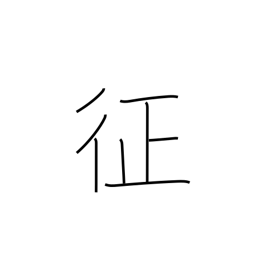
Meaning: subjugate